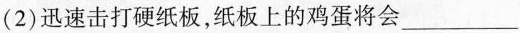
(2)迅速击打硬纸板，纸板上的鸡蛋将会___